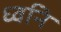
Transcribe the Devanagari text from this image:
ध्‍वनि